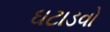
ઘટાડવો